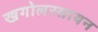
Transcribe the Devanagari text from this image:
खगोलरसायन